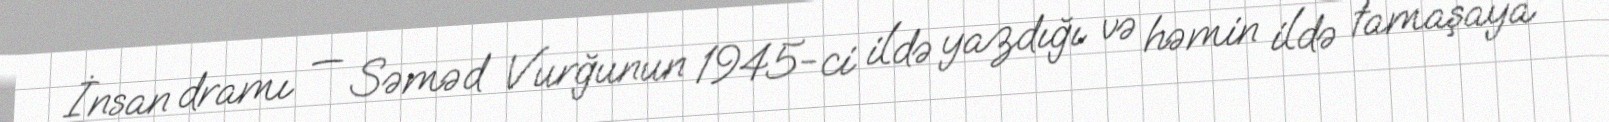
İnsan dramı — Səməd Vurğunun 1945-ci ildə yazdığı və həmin ildə tamaşaya